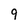
Character: 9